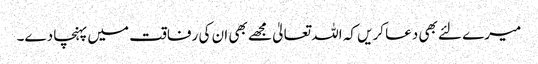
میرے لئے بھی دعا کریں کہ اللہ تعالیٰ مجھے بھی ان کی رفاقت میں پہنچا دے۔